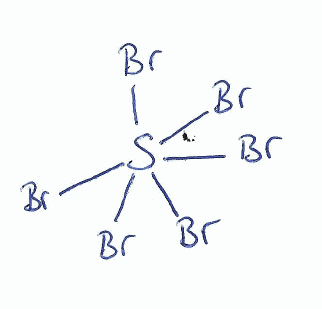
Simplified molecular-input line-entry system (SMILES) notation of the given molecule:
S(Br)(Br)(Br)(Br)(Br)Br